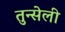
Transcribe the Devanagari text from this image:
तुन्सेली